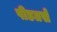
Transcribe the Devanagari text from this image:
पीडतसे